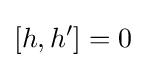
\left[h,h'\right]=0\